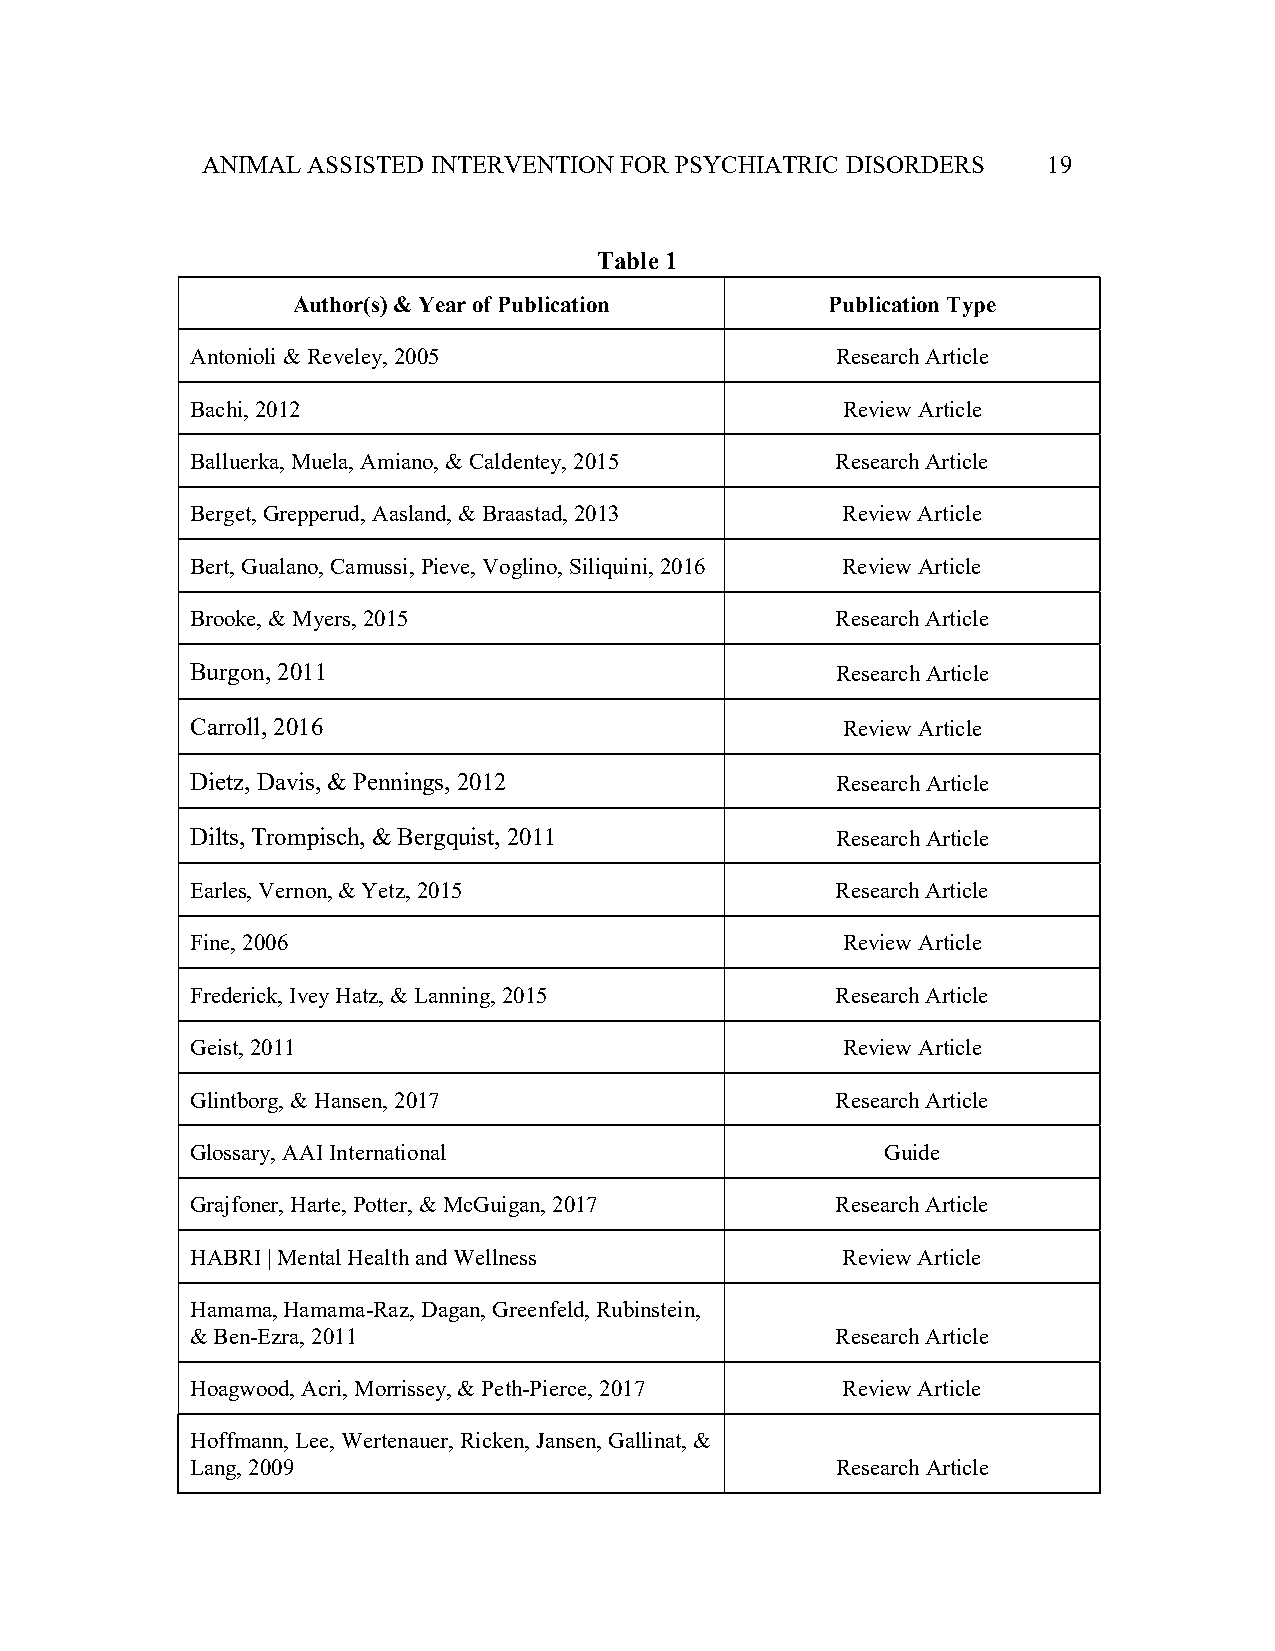
ANIMAL ASSISTED INTERVENTION FOR PSYCHIATRIC DISORDERS  19
 Table 1
 Author(s) & Year of Publication     Publication Type
 Antonioli & Reveley, 2005                 Research Article
 Bachi, 2012                                Review Article
 Balluerka, Muela, Amiano, & Caldentey, 2015 Research Article
 Berget, Grepperud, Aasland, & Braastad, 2013 Review Article
 Bert, Gualano, Camussi, Pieve, Voglino, Siliquini, 2016 Review Article
 Brooke, & Myers, 2015                     Research Article
 Burgon, 2011                              Research Article
 Carroll, 2016                              Review Article
 Dietz, Davis, & Pennings, 2012            Research Article
 Dilts, Trompisch, & Bergquist, 2011       Research Article
 Earles, Vernon, & Yetz, 2015              Research Article
 Fine, 2006                                 Review Article
 Frederick, Ivey Hatz, & Lanning, 2015     Research Article
 Geist, 2011                                Review Article
 Glintborg, & Hansen, 2017                 Research Article
 Glossary, AAI International                   Guide
 Grajfoner, Harte, Potter, & McGuigan, 2017 Research Article
 HABRI | Mental Health and Wellness         Review Article
 Hamama, Hamama-Raz, Dagan, Greenfeld, Rubinstein,
 & Ben-Ezra, 2011                          Research Article
 Hoagwood, Acri, Morrissey, & Peth-Pierce, 2017 Review Article
 Hoffmann, Lee, Wertenauer, Ricken, Jansen, Gallinat, &
 Lang, 2009                                Research Article